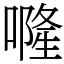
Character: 𠾐